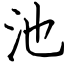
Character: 池